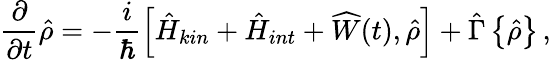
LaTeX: \frac{\partial}{\partial t}{\hat{\rho}}=-\frac{i}{\hbar}\left[{\hat{H}}_{kin}+{\hat{H}}_{int}+{\widehat W}(t),{\hat{\rho}}\right]+{\hat{\Gamma}}\left\{ {\hat{\rho}}\right\} \, ,